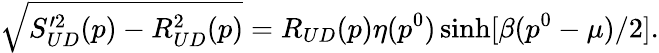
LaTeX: \sqrt{S_{UD}^{\prime 2}(p)-R_{UD}^{2}(p)}=R_{UD}(p)\eta(p^{0})\sinh[\beta(p^{0}-\mu)/2].